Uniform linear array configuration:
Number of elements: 12
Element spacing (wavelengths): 0.75
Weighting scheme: exponential
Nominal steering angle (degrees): -45
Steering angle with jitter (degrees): -44.116
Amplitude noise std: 0.05
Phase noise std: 0.05

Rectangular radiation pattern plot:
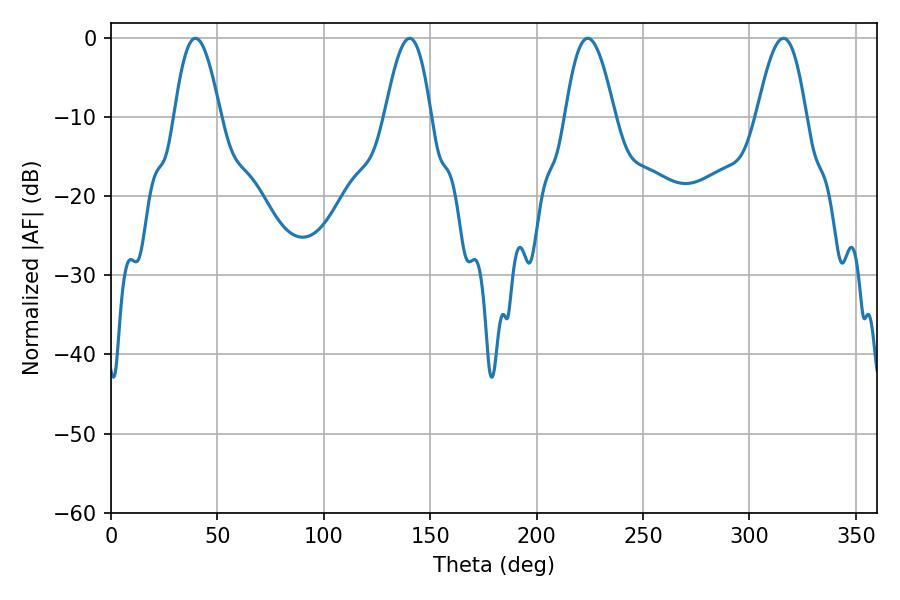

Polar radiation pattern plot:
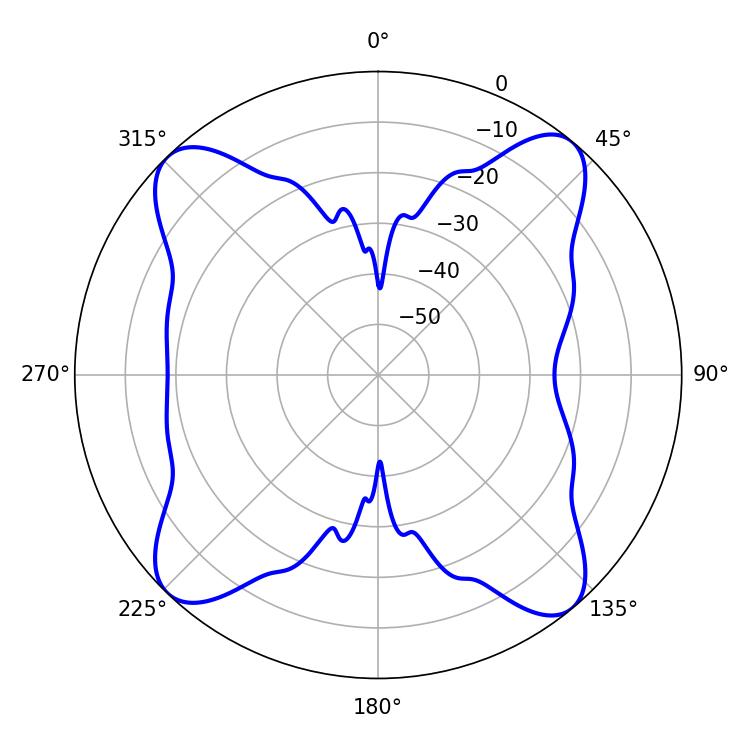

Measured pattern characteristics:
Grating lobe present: TRUE
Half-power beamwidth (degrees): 11.88
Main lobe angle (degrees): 39.6